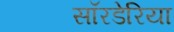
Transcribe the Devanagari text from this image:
सॉरडेरिया